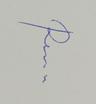
Signature authenticity: genuine